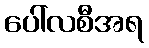
ပေါ်လစီအရ